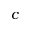
c